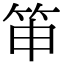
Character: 𥬐